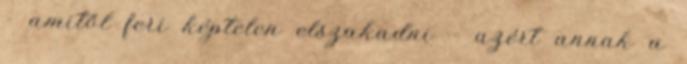
- amitől feri képtelen elszakadni - azért annak a